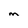
Character: M